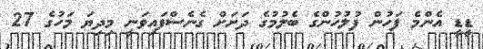
ޑީޑީ އެންމެ ފަހުން ފުލުހުންގެ ބެލުމުގެ ދަށަށް ގެނެސްފައިވަނީ މިދިޔަ މަހުގެ 27